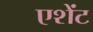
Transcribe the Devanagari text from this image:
एशेंट